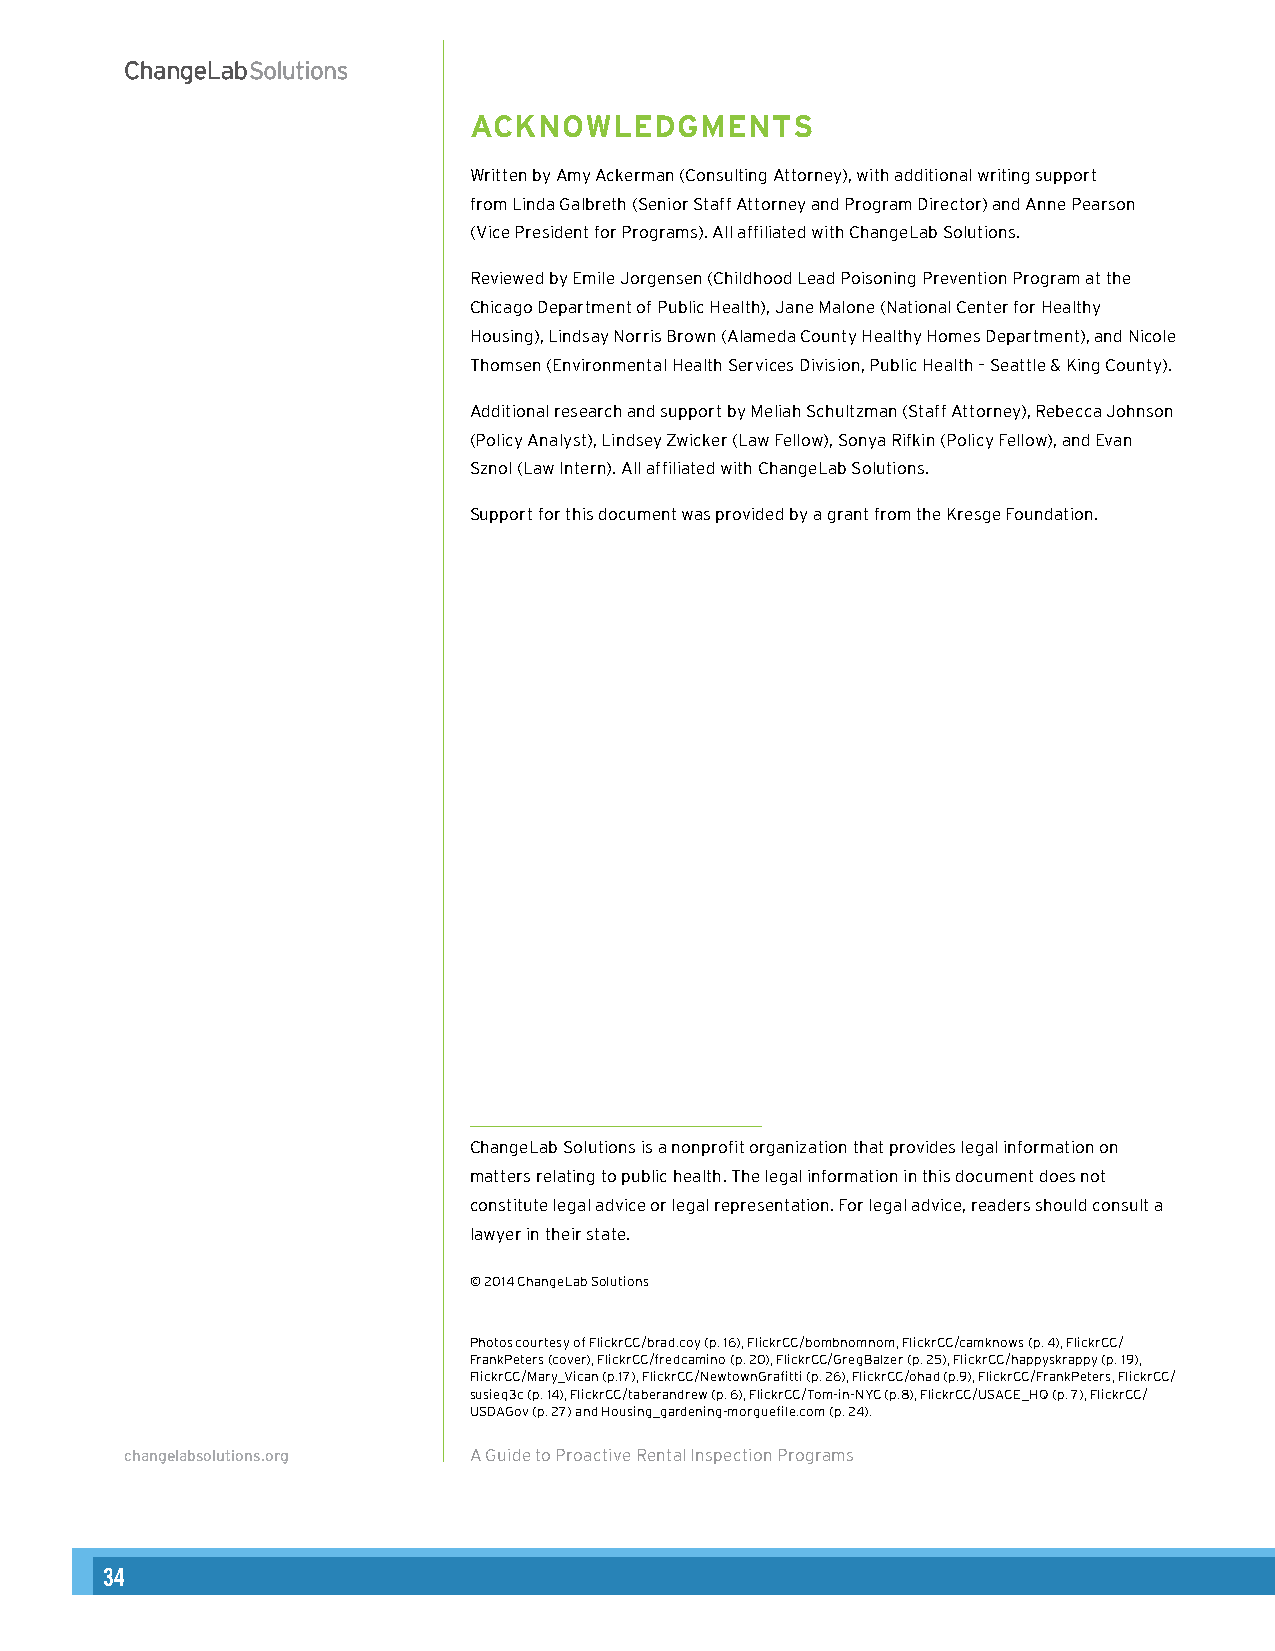
ACKNOWLEDGMENTS
 Written by Amy Ackerman (Consulting Attorney), with additional writing support
 from Linda Galbreth (Senior Staff Attorney and Program Director) and Anne Pearson
 (Vice President for Programs). All affiliated with ChangeLab Solutions.
 Reviewed by Emile Jorgensen (Childhood Lead Poisoning Prevention Program at the
 Chicago Department of Public Health), Jane Malone (National Center for Healthy
 Housing), Lindsay Norris Brown (Alameda County Healthy Homes Department), and Nicole
 Thomsen (Environmental Health Services Division, Public Health – Seattle & King County).
 Additional research and support by Meliah Schultzman (Staff Attorney), Rebecca Johnson
 (Policy Analyst), Lindsey Zwicker (Law Fellow), Sonya Rifkin (Policy Fellow), and Evan
 Sznol (Law Intern). All affiliated with ChangeLab Solutions.
 Support for this document was provided by a grant from the Kresge Foundation.
 ChangeLab Solutions is a nonprofit organization that provides legal information on
 matters relating to public health. The legal information in this document does not
 constitute legal advice or legal representation. For legal advice, readers should consult a
 lawyer in their state.
 © 2014 ChangeLab Solutions
 Photos courtesy of FlickrCC/brad.coy (p. 16), FlickrCC/bombnomnom, FlickrCC/camknows (p. 4), FlickrCC/
 FrankPeters (cover), FlickrCC/fredcamino (p. 20), FlickrCC/GregBalzer (p. 25), FlickrCC/happyskrappy (p. 19),
 FlickrCC/Mary_Vican (p.17), FlickrCC/NewtownGrafitti (p. 26), FlickrCC/ohad (p.9), FlickrCC/FrankPeters, FlickrCC/
 susieq3c (p. 14), FlickrCC/taberandrew (p. 6), FlickrCC/Tom-in-NYC (p.8), FlickrCC/USACE_HQ (p. 7), FlickrCC/
 USDAGov (p. 27) and Housing_gardening-morguefile.com (p. 24).
 changelabsolutions.org A Guide to Proactive Rental Inspection Programs
 2
 34                                                                                                                                                        35